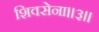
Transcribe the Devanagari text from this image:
शिवसेना।।३।।